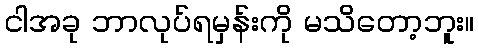
ငါအခု ဘာလုပ်ရမှန်းကို မသိတော့ဘူး။